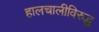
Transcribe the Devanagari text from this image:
हालचालीविरुद्ध